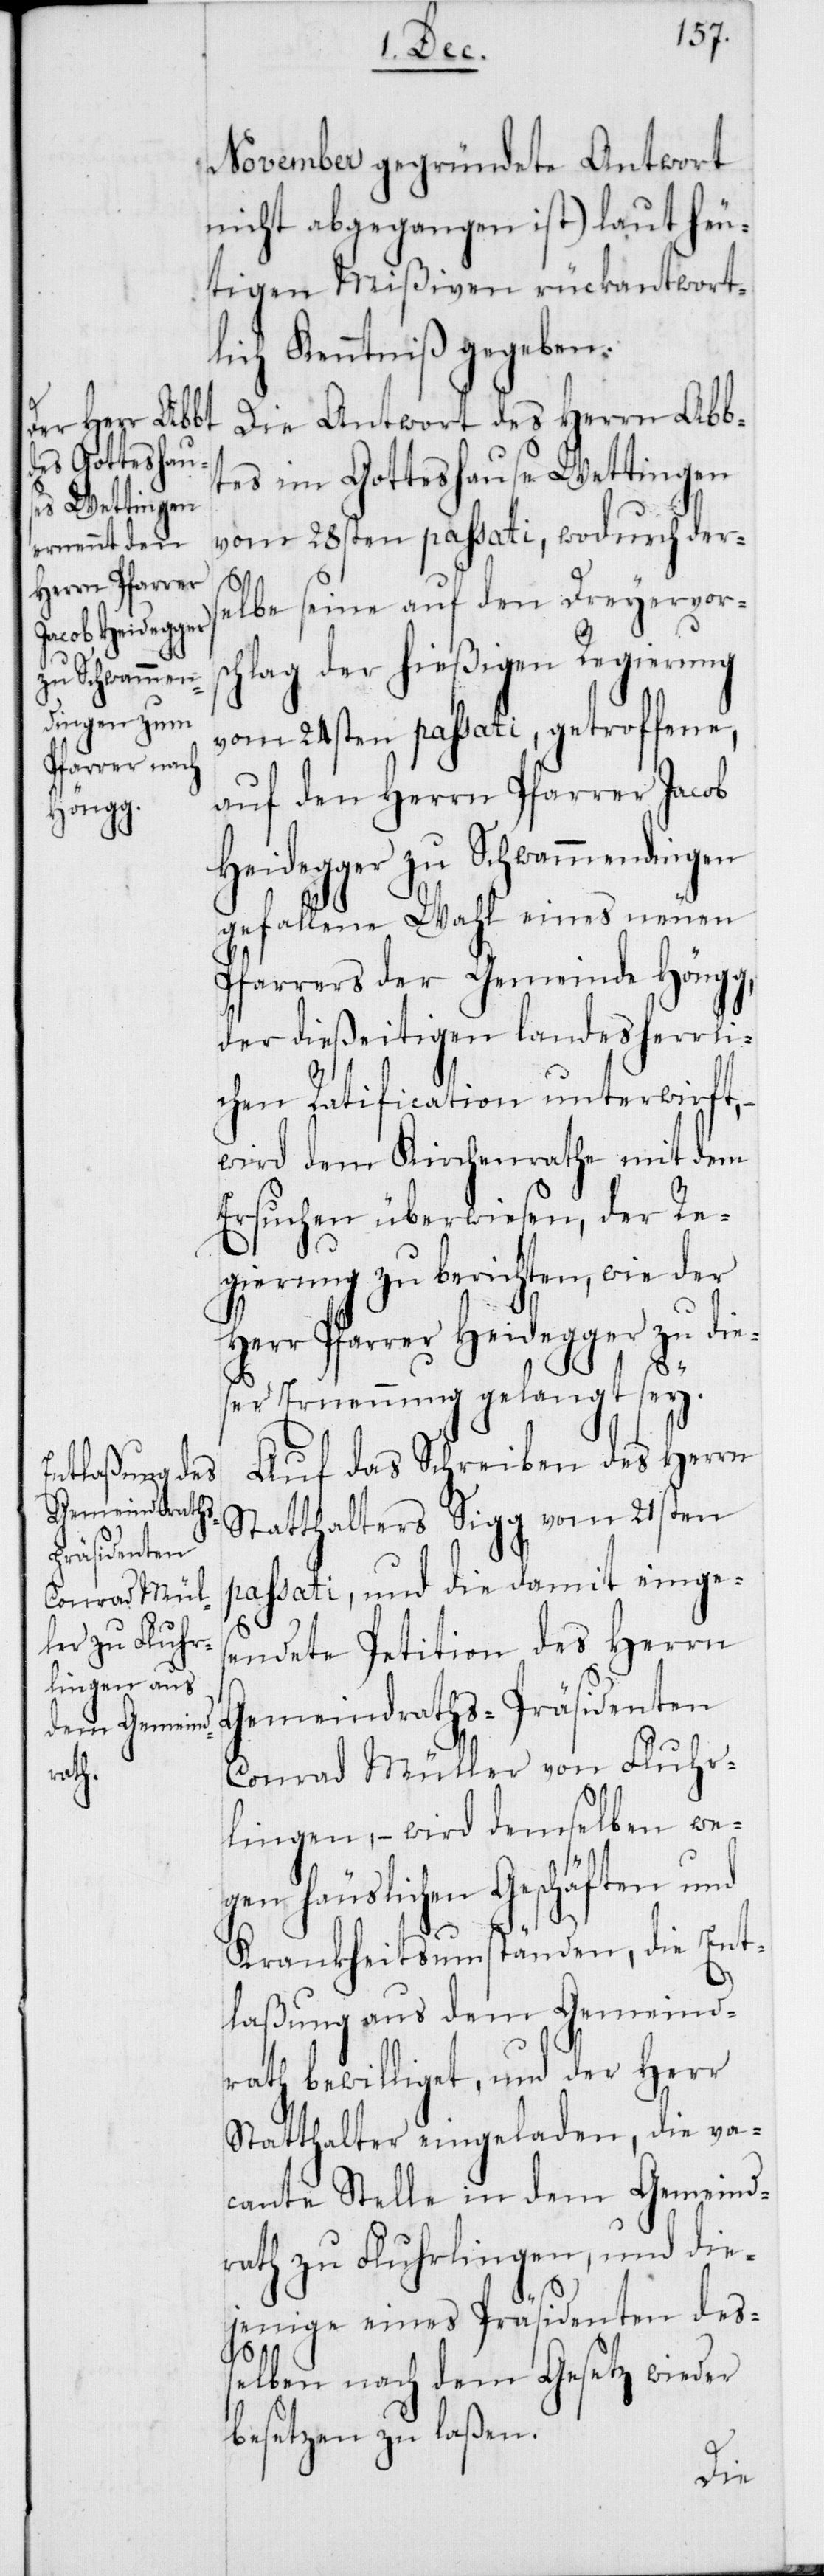
November gegründete Antwort
nicht abgegangen ist) laut heu¬
tigen Mißiven rückantwort¬
lich Kenntniß gegeben.
Die Antwort des Herrn Abb¬
tes im Gotteshause Wettingen
vom 28sten passati, wodurch der¬
selbe seine auf den Dreyervors¬
chlag der hießigen Regierung
vom 24sten passati, getroffene,
auf den Herrn Pfarrer Jacob
Heidegger zu Schwammendingen
gefallene Wahl eines neuen
Pfarrers der Gemeinde Höngg,
der dießeitigen landesherrli¬
chen Ratification unterwirft, –
wird dem Kirchenrathe mit dem
Ersuchen überwiesen, der Re¬
gierung zu berichten, wie der
Herr Pfarrer Heidegger zu die¬
ser Ernennung gelangt sey.
Auf das Schreiben des Herrn
Statthalters Sigg vom 21sten
passati, und die damit einges¬
endete Petition des Herrn
Gemeindraths-Präsidenten
Conrad Müller von Fluhr¬
lingen, – wird demselben we¬
gen häuslichen Geschäften und
Krankheitsumständen, die Ent¬
laßung aus dem Gemeind¬
rath bewilliget, und der Herr
Statthalter eingeladen, die va¬
cante Stelle in dem Gemeind¬
rath zu Fluhrlingen, und die¬
jenige eines Präsidenten deß¬
elben nach dem Gesetz wieder
besetzen zu laßen.